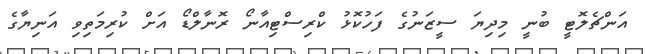
އަންޗެލޮޓީ ބުނީ މިދިޔަ ސީޒަނުގެ ފަހުކޮޅު ކްރިސްޓިއާނޯ ރޮނާލްޑޯ އަށް ކުރިމަތިވި އަނިޔާގެ